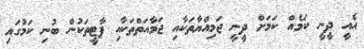
އެއީ ދީނީ ކަމެއް ކަމަށް ދީނީ ޖަމިއްޔާތަކާއި ޖަމާއަތްތަކާއި ޕާޓީތަކުން ބުނި ކަމުގައި